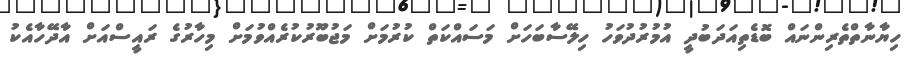
ހިޔާނާތްތެރިންނައް ބޮޑެތިއަދަބުދީ އުމުރުދުވަހު ހިލޭސާބަހަށް މަސައްކަތް ކުރުމަށް މަޖުބޫރުކުރެއްވުމަށް މިހާރުގެ ރައީސްއަށް އާދޭހާއެކު